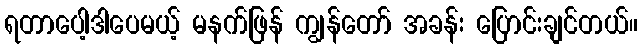
ရတာပေါ့ဒါပေမယ့် မနက်ဖြန် ကျွန်တော် အခန်း ပြောင်းချင်တယ်။